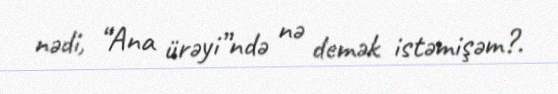
nədi, “Ana ürəyi”ndə nə demək istəmişəm?.